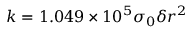
k = 1 . 0 4 9 \times 1 0 ^ { 5 } \sigma _ { 0 } \delta r ^ { 2 }